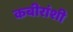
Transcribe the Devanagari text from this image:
कबीरांशी